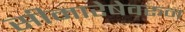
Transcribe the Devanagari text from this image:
सीमारेषेवरून